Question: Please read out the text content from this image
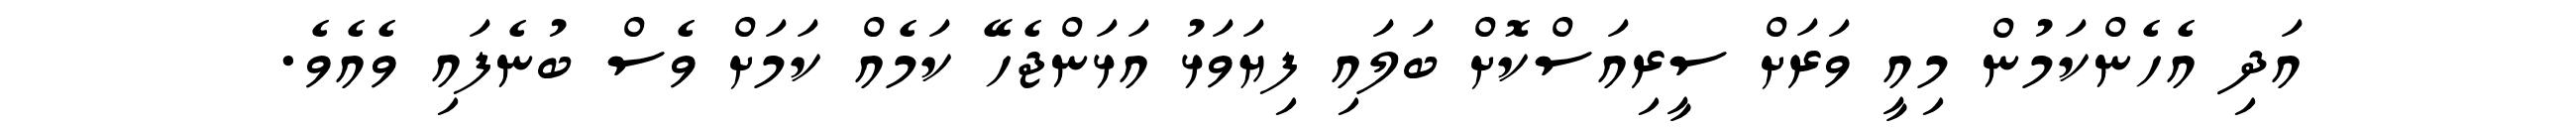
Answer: އަދި އެހެންކަމުން މިއީ ވަރަށް ސީރިއަސްކޮށް ބަލައި ފިޔަވަޅު އަޅަންޖެހޭ ކަމެއް ކަމަށް ވެސް ބުނެފައި ވެއެވެ.